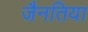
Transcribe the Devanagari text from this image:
जैनतिया